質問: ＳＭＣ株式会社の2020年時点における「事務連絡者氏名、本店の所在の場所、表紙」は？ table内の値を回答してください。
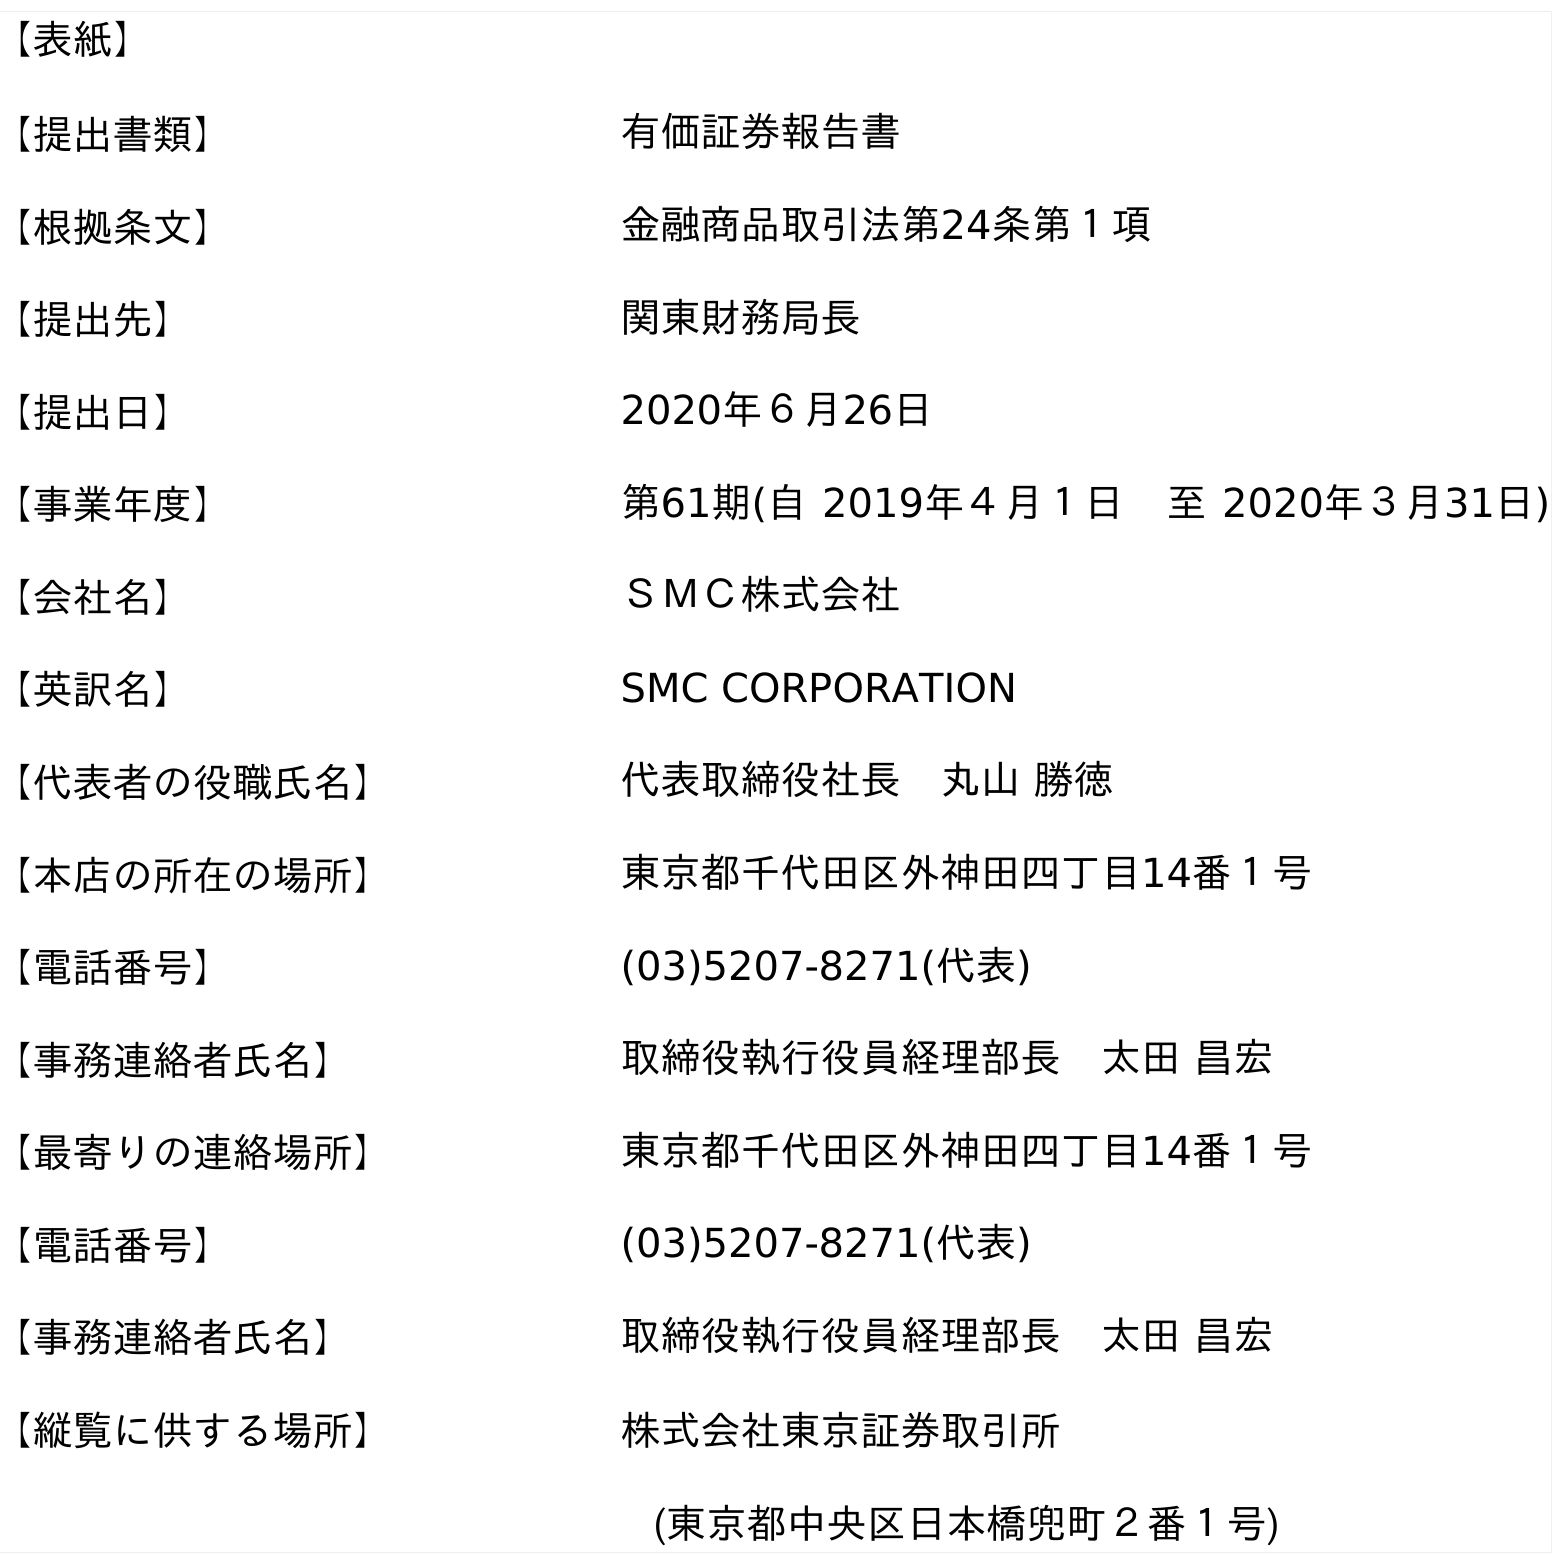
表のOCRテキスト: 【表紙】 【提出書類】 有価証券報告書 【根拠条文】 金融商品取引法第24条第１項 【提出先】 関東財務局長 【提出日】 2020年６月26日 【事業年度】 第61期(自 2019年４月１日 至 2020年３月31日) 【会社名】 ＳＭＣ株式会社 【英訳名】 SMC CORPORATION 【代表者の役職氏名】 代表取締役社長 丸山 勝徳 【本店の所在の場所】 東京都千代田区外神田四丁目14番１号 【電話番号】 (03)5207-8271(代表) 【事務連絡者氏名】 取締役執行役員経理部長 太田 昌宏 【最寄りの連絡場所】 東京都千代田区外神田四丁目14番１号 【電話番号】 (03)5207-8271(代表) 【事務連絡者氏名】 取締役執行役員経理部長 太田 昌宏 【縦覧に供する場所】 株式会社東京証券取引所 (東京都中央区日本橋兜町２番１号)
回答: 取締役執行役員経理部長　太田 昌宏